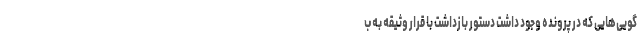
گویی‌هایی که در پرونده وجود داشت دستور بازداشت با قرار وثیقه به ب